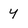
Character: y